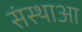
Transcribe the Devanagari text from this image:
संस्थाआ